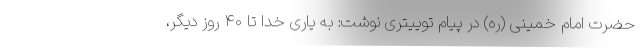
حضرت امام خمینی (ره) در پیام توییتری نوشت: به یاری خدا تا ۴۰ روز دیگر،